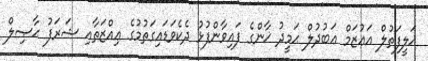
ޚަލީފަތުލް އަޢުޒަމް ޢަބުދުލް ޙަމީދު ޚާންގެ ފައިވާންފުޅު ދެކެވަޑައިގަތުމުގެ ޢިއްޒަތާއި ޝަރަފު ޙާޞިލް